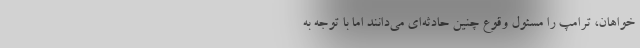
خواهان، ترامپ را مسئول وقوع چنین حادثه‌ای می‌دانند اما با توجه به